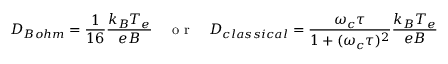
D _ { B o h m } = \frac { 1 } { 1 6 } \frac { k _ { B } T _ { e } } { e B } \quad \mathrm { ~ o ~ r ~ } \quad D _ { c l a s s i c a l } = \frac { \omega _ { c } \tau } { 1 + ( \omega _ { c } \tau ) ^ { 2 } } \frac { k _ { B } T _ { e } } { e B }